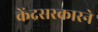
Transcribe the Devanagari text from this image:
केंद्रसरकारने